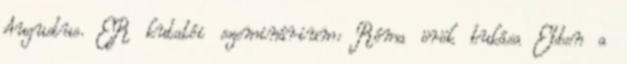
Augustus. ER kutatói szeminárium: Róma örök bukása Ebben a